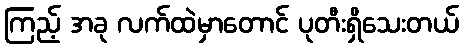
ကြည့် အခု လက်ထဲမှာတောင် ပုတီးရှိသေးတယ်